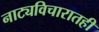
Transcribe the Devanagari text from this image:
नाट्यविचारातही